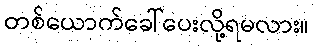
တစ်ယောက်ခေါ်ပေးလို့ရမလား။